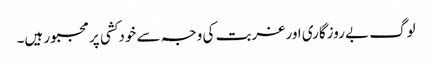
لوگ بے روزگاری اور غربت کی وجہ سے خودکشی پر مجبور ہیں۔